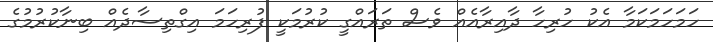
ހަމަހަމަކަމާ އެކު ހުރިހާ ދާއިރާއެއް ވެސް ތަރައްގީ ކުރުމަކީ ފުރިހަމަ އިގްތިސާދެއް ބިނާކުރުމުގެ